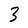
Character: 3